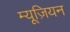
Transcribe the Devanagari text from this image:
म्यूज़ियन